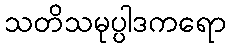
သတိသမုပ္ပါဒကရော